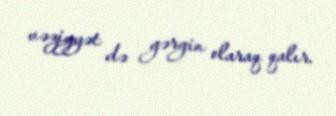
vəziyyət də gərgin olaraq qalır.